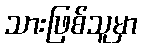
သားဖြစ်သူမှာ